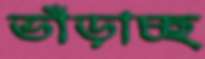
ভাঁড়াচ্ছ